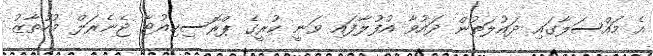
އެ މައްސަލާގައި ދައުލަތުން ދައުވާ އުފުލާފައި ވަނީ ކުރީގެ ޕްރޮސިކިއުޓާ ޖެނެރަލް މުހުތާޒު